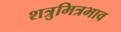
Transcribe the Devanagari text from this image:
शत्रुमित्रभाव